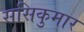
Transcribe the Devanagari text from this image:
ससिकुमार